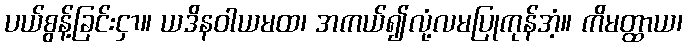
ပယ်စွန့်ခြင်းငှာ။ ယဒိနဝါယမထ၊ အကယ်၍လုံ့လမပြုကုန်အံ့။ ကိမတ္ထာယ၊